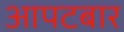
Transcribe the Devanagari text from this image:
आपटबार